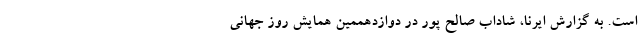
است. به گزارش ایرنا، شاداب صالح پور در دوازدهممین همایش روز جهانی